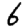
Digit: 6